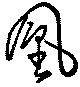
凰